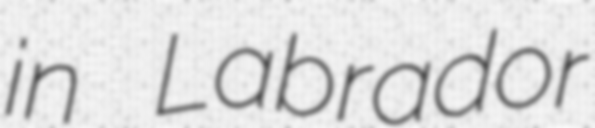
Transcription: in Labrador